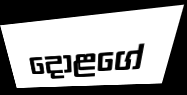
දොළගේ